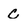
Character: C